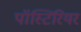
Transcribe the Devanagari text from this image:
पॉस्टिरियर